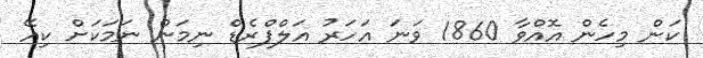
ކަން މިހެން އޮއްވާ 1860 ވަނަ އަހަރު އަލްފްރެޑް ނިމަން ނަމަކަށް ކިއޭ